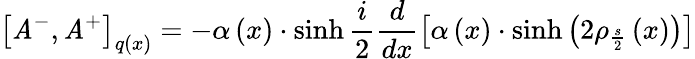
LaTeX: \left[\mathit{A}^{-},\mathit{A}^{+}\right]_{q\left(x\right)}=-\alpha\left(x\right)\cdot\sinh{}\frac{i}{2}\frac{d}{{dx}}\left[\alpha\left(x\right)\cdot\sinh\left(2\rho_{\frac{s}{2}}\left(x\right)\right)\right]